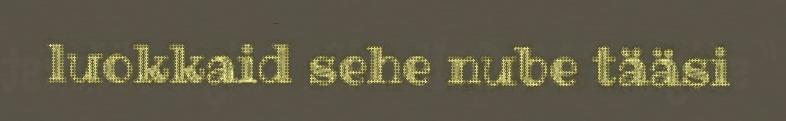
luokkaid sehe nube tääsi